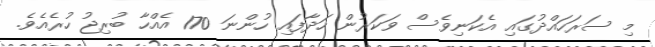
މި ސަރަހައްދުގައި އެކަނިވެސް ވަކަރުން ހަދާފައި ހުންނަ 170 އެއްހާ ބުރިޖު ހުރެއެވެ.